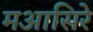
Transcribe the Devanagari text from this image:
मआसिरे